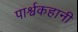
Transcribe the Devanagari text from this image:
पार्श्वकहानी